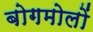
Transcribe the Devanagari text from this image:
बोगमोलों